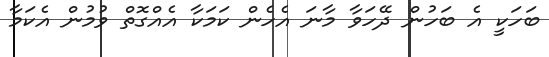
ބަހަކީ އެ ބަހުން ދޭހަވާ މާނަ އެހެން ކަމަކާ އެއްގޮތް ވުމުން އެކަމާ